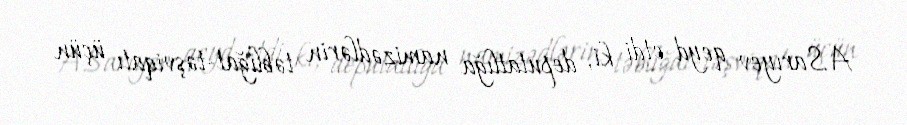
A.Sarıyev qeyd etdi ki, deputatlığa namizədlərin təbliğat-təşviqatı üçün